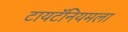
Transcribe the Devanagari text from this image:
टायटॅनियमला